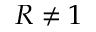
R \neq 1